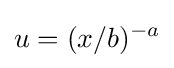
u=(x/b)^{-a}